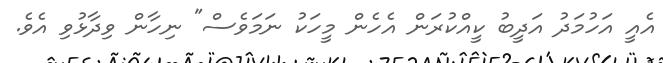
އެއީ އަހުމަދު އަދީބު ކީއްކުރަން އެހެން މީހަކު ނަމަވެސް" ނިހާން ވިދާޅުވި އެވެ.